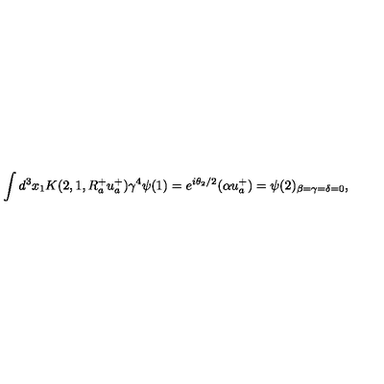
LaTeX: \int d ^ { 3 } x _ { 1 } K ( 2 , 1 , R _ { a } ^ { + } u _ { a } ^ { + } ) \gamma ^ { 4 } \psi ( 1 ) = e ^ { i \theta _ { 2 } / 2 } ( \alpha u _ { a } ^ { + } ) = \psi ( 2 ) _ { \beta = \gamma = \delta = 0 } ,